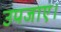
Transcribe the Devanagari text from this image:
उपजाए।